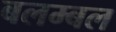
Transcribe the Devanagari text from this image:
बलम्बल